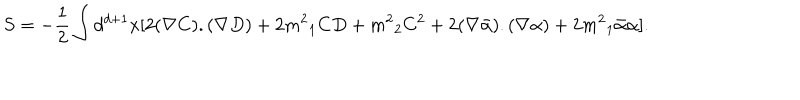
LaTeX: S = - \frac { 1 } { 2 } \int d ^ { d + 1 } x [ 2 ( \nabla C ) . ( \nabla D ) + 2 { m ^ { 2 } } _ { 1 } C D + { m ^ { 2 } } _ { 2 } C ^ { 2 } + 2 ( \nabla \bar { \alpha } ) . ( \nabla \alpha ) + 2 { m ^ { 2 } } _ { 1 } \bar { \alpha } \alpha ] .